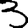
Digit: 3